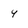
Character: 4